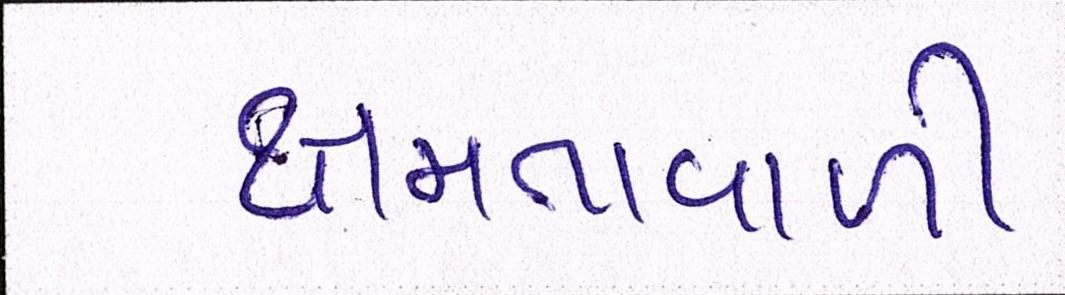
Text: ક્ષમતાવાળી